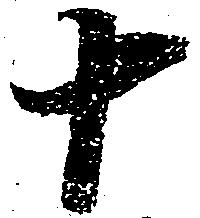
十